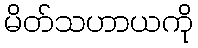
မိတ်သဟာယကို